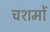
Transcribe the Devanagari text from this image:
चशमों